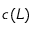
c ( L )